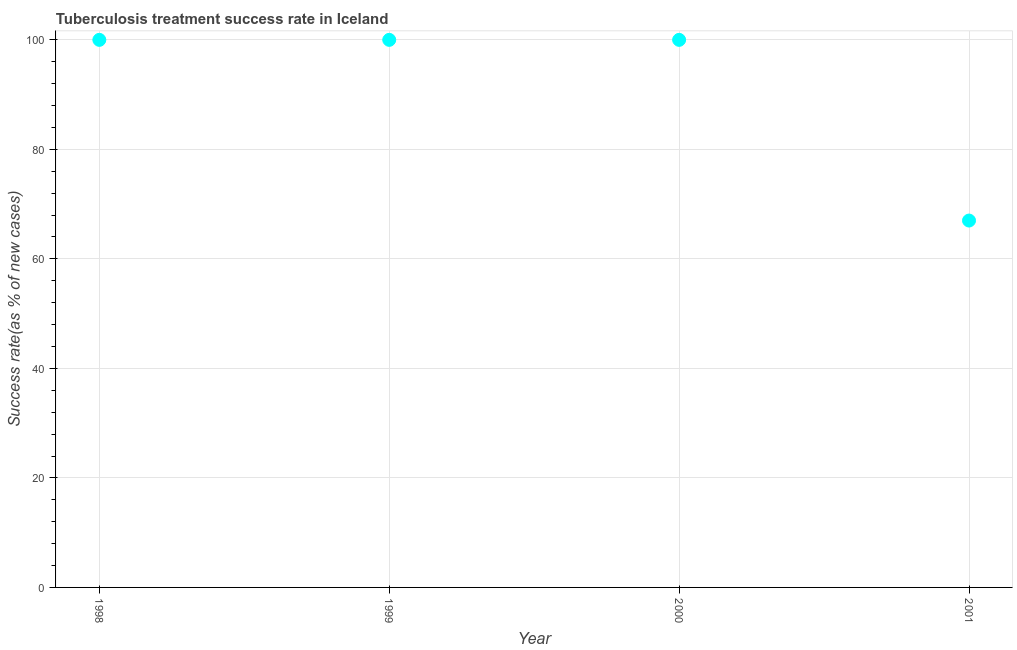
| Year | Tuberculosis treatment success rate |
 | --- | --- |
 | 1998 | 100 |
 | 1999 | 100 |
 | 2000 | 100 |
 | 2001 | 67 |